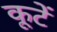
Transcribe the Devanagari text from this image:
कूटें